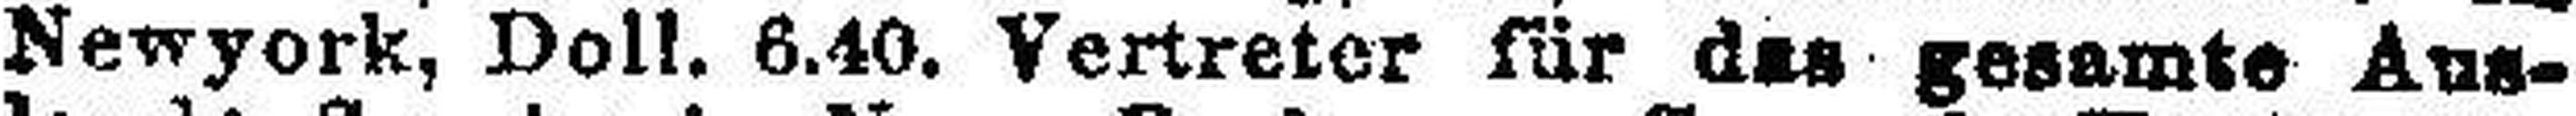
Newyork, Doll. 6.40. Vertreter für das gesamte Aus¬